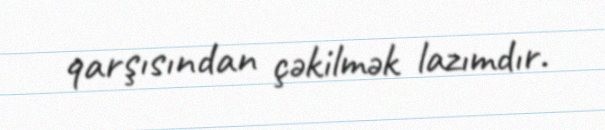
qarşısından çəkilmək lazımdır.